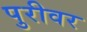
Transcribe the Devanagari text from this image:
पुरीवर